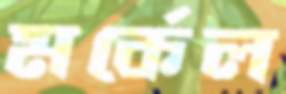
মর্কেল